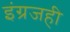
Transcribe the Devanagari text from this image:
इंग्रजही